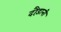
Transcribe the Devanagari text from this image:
दौड़ानी